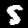
Label: 5